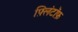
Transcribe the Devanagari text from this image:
फ़्लिंटॉफ़